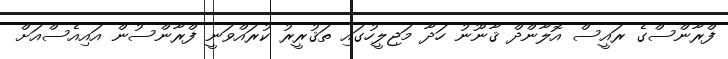
ފްރާންސްގެ ރައީސް އޮލާންދް ޤާނޫނު ހަދާ މަޖިލީހުގައި ތަޤުރީރު ކުރައްވަނީ ފްރާންސުން އައިއެސްއަށް